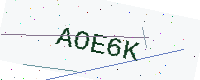
Text: AOE6K